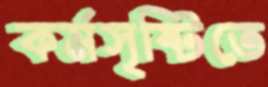
কর্মসৃষ্টিতে